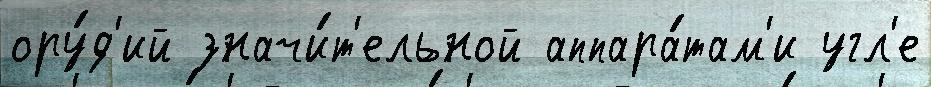
ору́д'ий значи́т'ельной аппара́там'и угл'е